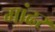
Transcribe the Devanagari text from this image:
मांढर